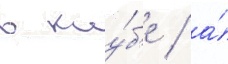
в клу́б'е / а́